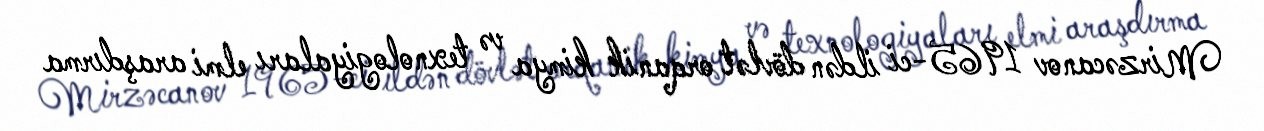
Mirzəcanov 1965-ci ildən dövlət orqanik kimya və texnologiyaları elmi araşdırma